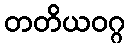
တတိယဝဂ္ဂ